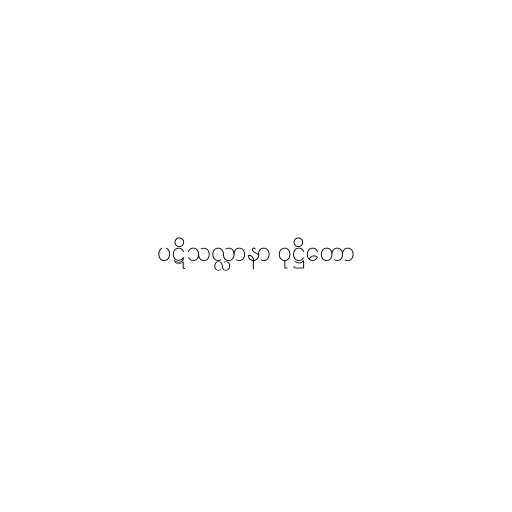
ပဋိသလ္လာနာ ဝုဋ္ဌိတော